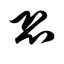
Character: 恐